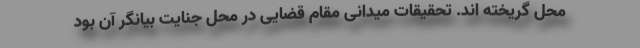
محل گریخته اند. تحقیقات میدانی مقام قضایی در محل جنایت بیانگر آن بود